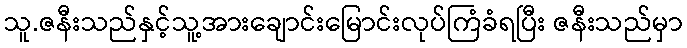
သူ.ဇနီးသည်နှင့်သူ့အားချောင်းမြောင်းလုပ်ကြံခံရပြီး ဇနီးသည်မှာ